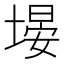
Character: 𪤃